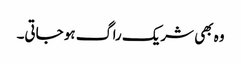
وہ بھی شریک راگ ہو جاتی۔